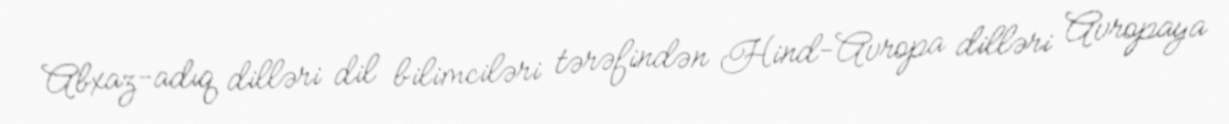
Abxaz-adıq dilləri dil bilimciləri tərəfindən Hind-Avropa dilləri Avropaya